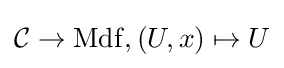
{\mathcal {C}}\to \mathrm {Mdf} ,(U,x)\mapsto U